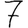
Digit: 7